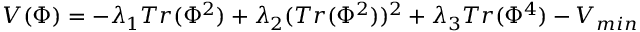
V ( \Phi ) = - \lambda _ { 1 } T r ( \Phi ^ { 2 } ) + \lambda _ { 2 } ( T r ( \Phi ^ { 2 } ) ) ^ { 2 } + \lambda _ { 3 } T r ( \Phi ^ { 4 } ) - V _ { m i n }